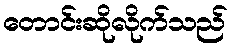
တောင်းဆိုလိုက်သည်